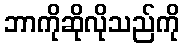
ဘာကိုဆိုလိုသည်ကို